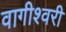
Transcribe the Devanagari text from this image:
वागीश्‍वरी